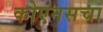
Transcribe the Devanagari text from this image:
कोएनसचा